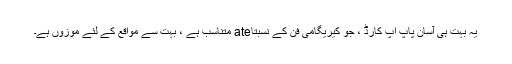
یہ بہت ہی آسان پاپ اپ کارڈ ، جو کیریگامی فن کے نسبتاate متناسب ہے ، بہت سے مواقع کے لئے موزوں ہے۔